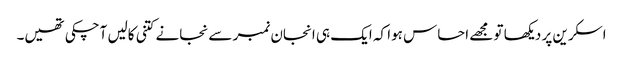
اسکرین پر دیکھا تو مجھے احساس ہوا کہ ایک ہی انجان نمبر سے نجانے کتنی کالیں آچکی تھیں۔